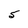
Character: 5